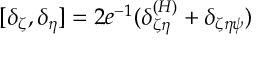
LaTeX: [ \delta _ { \zeta } , \delta _ { \eta } ] = 2 e ^ { - 1 } ( \delta _ { \zeta \eta } ^ { ( H ) } + \delta _ { \zeta \eta \psi } )